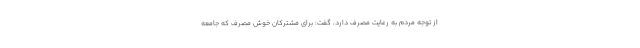
از توجه مردم به رعایت مصرف دارد، گفت: برای مشترکان خوش مصرف که جامعه